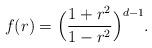
LaTeX: \begin{align*}f(r)=\Bigl(\frac{1+r^2}{1-r^2}\Bigr)^{d-1}.\end{align*}